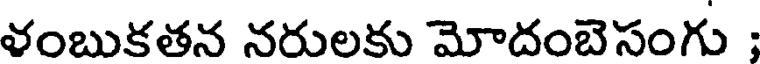
ళంబుకతన నరులకు మోదంబెసంగు ;